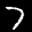
Label: 7